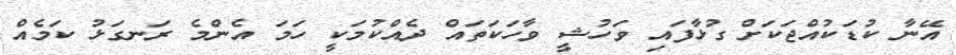
އޭނާ ކުޑަކުއްޖަކަށް ގުޅާފައި ވަހުޝީ ވާހަކަތައް ދެއްކުމަކީ ހަމަ އެންމެ ރަނގަޅު ކަމެއް